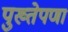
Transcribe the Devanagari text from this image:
पुख्तेपणा